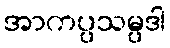
အာကပ္ပသမ္ပဒါ